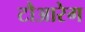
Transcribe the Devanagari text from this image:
टौआरेग